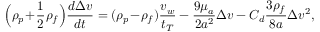
\Bigl ( \rho _ { p } \! + \! \frac { 1 } { 2 } \rho _ { f } \Bigr ) \frac { d \Delta { v } } { d t } = ( \rho _ { p } \! - \! \rho _ { f } ) \frac { v _ { w } } { t _ { T } } - \frac { 9 \mu _ { a } } { 2 a ^ { 2 } } \Delta { v } - C _ { d } \frac { 3 \rho _ { f } } { 8 a } \Delta { v } ^ { 2 } ,